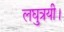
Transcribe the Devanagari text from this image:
लघुत्रयी।